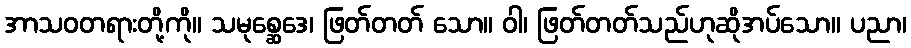
အာသဝတရားတို့ကို။ သမုစ္ဆေဒေ၊ ဖြတ်တတ် သော။ ဝါ၊ ဖြတ်တတ်သည်ဟုဆိုအပ်သော။ ပညာ၊